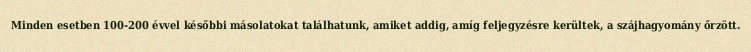
Minden esetben 100-200 évvel későbbi másolatokat találhatunk, amiket addig, amíg feljegyzésre kerültek, a szájhagyomány őrzött.